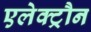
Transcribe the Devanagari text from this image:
एलेक्ट्रौन